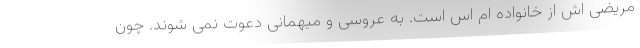
مریضی اش از خانواده ام اس است. به عروسی و میهمانی دعوت نمی شوند. چون